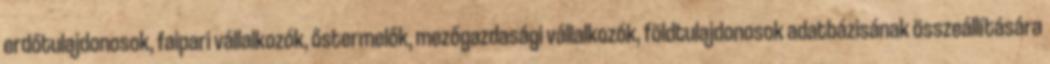
erdőtulajdonosok, faipari vállalkozók, őstermelők, mezőgazdasági vállalkozók, földtulajdonosok adatbázisának összeállítására